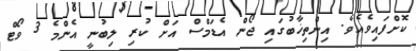
ކޮށްފައިވެއެވެ. އިންތިޚާބުގައި ޖޯން އެޑަމްސް އަށް ކުރި ލިބުނީ އެންމެ 3 ވޯޓް